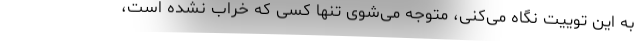
به این توییت نگاه می‌کنی، متوجه می‌شوی تنها کسی که خراب نشده است،